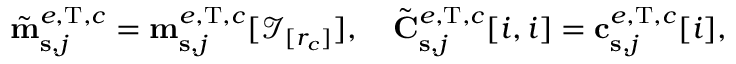
\begin{array} { r } { \tilde { \mathbf { m } } _ { \mathbf { s } , j } ^ { e , \mathrm { T } , c } = \mathbf { m } _ { \mathbf { s } , j } ^ { e , \mathrm { T } , c } [ \mathcal { I } _ { [ r _ { c } ] } ] , \quad \tilde { \mathbf { C } } _ { \mathbf { s } , j } ^ { e , \mathrm { T } , c } [ i , i ] = \mathbf { c } _ { \mathbf { s } , j } ^ { e , \mathrm { T } , c } [ i ] , } \end{array}